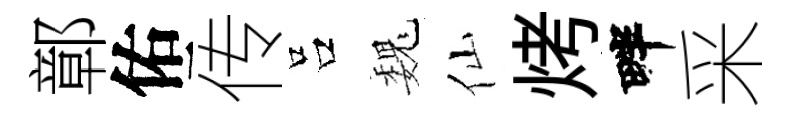
鄣佑传吕巍仙烤畔采